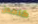
كامدن